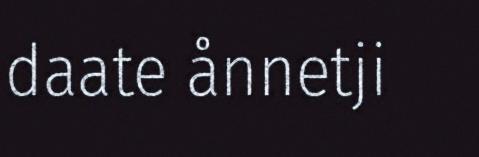
daate ånnetji